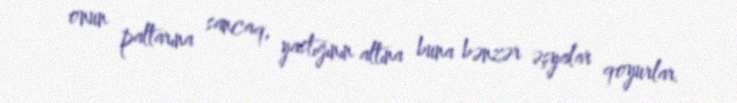
onun paltarına sancaq, yastığının altına buna bənzər əşyalar qoyurlar.